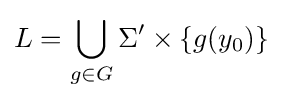
L=\bigcup _{g\in G}\Sigma ^{\prime }\times \{g(y_{0})\}